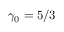
\gamma _ { 0 } = 5 / 3